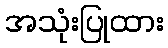
အသုံးပြုထား